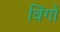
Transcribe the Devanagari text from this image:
विंगों